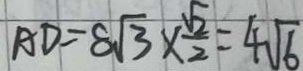
A D = 8 \sqrt { 3 } \times \frac { \sqrt { 2 } } { 2 } = 4 \sqrt { 6 }